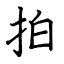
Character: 拍